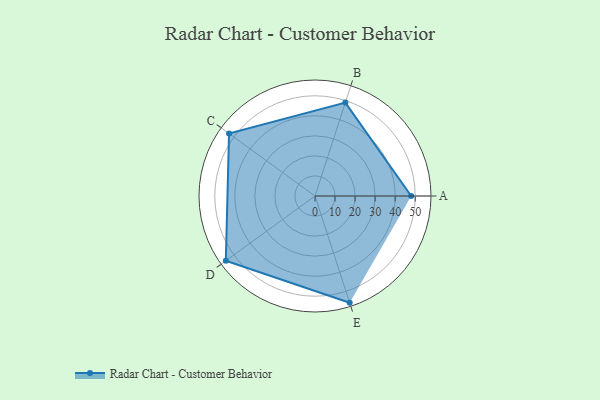
{"axis": {"x": "Skill", "y": "Score"}, "legend": ["Profile"], "data": [{"x": "A", "y": 48.0, "type": "Profile"}, {"x": "B", "y": 49.0, "type": "Profile"}, {"x": "C", "y": 53.0, "type": "Profile"}, {"x": "D", "y": 55.0, "type": "Profile"}, {"x": "E", "y": 56.0, "type": "Profile"}]}